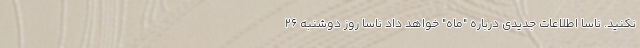
نکنید. ناسا اطلاعات جدیدی درباره "ماه" خواهد داد ناسا روز دوشنبه ۲۶